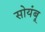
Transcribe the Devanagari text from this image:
सोयंबू